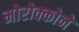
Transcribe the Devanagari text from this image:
मोरोक्कोने